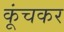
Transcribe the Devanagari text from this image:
कूंचकर